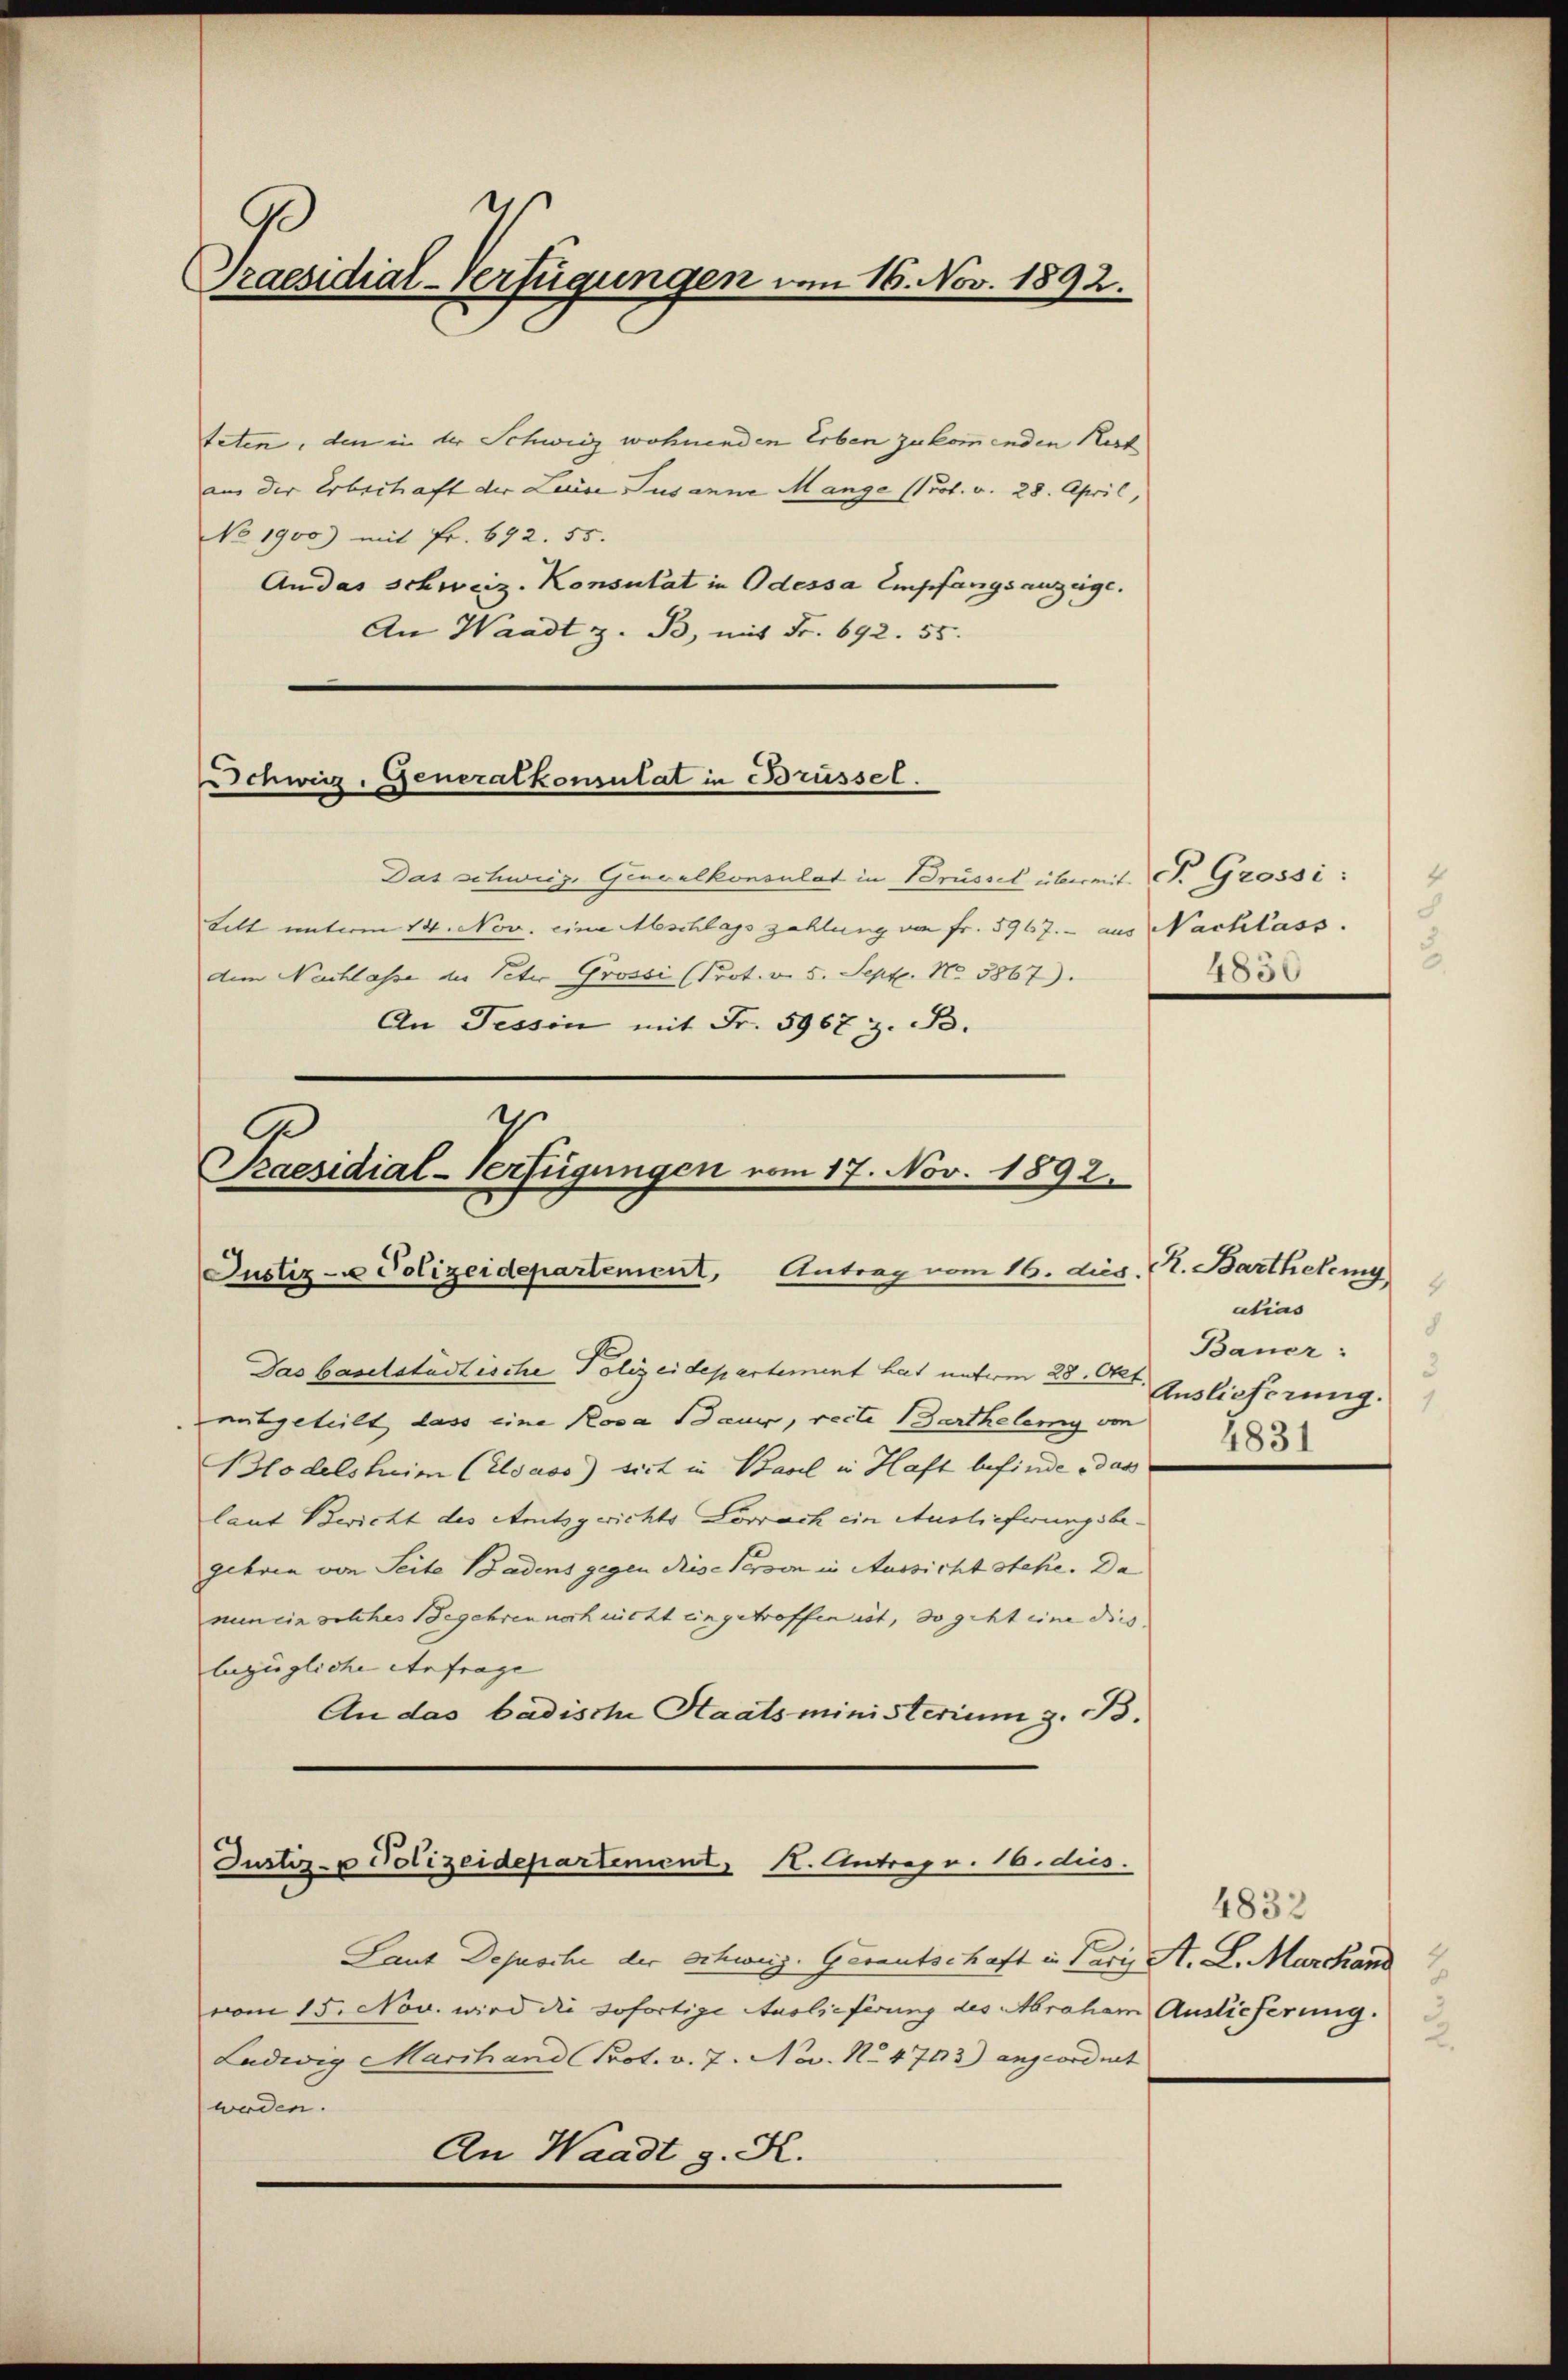
s
Praesidial-Verfügungen vom 16. Nov. 1892.

teten, den in der Schweiz wohnenden Erben zukommenden Kist
aus der Erbschaft der Luise Susanne Mange (Prot. v. 28. April,
No 1900) mit fr. 692. 55.
Audas Schweiz. Konsulat in Odessa Empfangsanzeige.
An Waadt z. B. mit Fr. 692. 55.
Schweiz. Generalkonsulat in Brüssel.
Das schweiz. Generalkonsulat in Brüssel übermit Fr. Grossi:
Lett unterm 14. Nov. eine Abschlags zahlung von Fr. 5967. - aus Nachlass.
dem Nachlasse der Peter Grossi (Prot. v. 5. Sept. No 3867).
An Tessin mit Fr. 5967 z. B.

1
C
Praesidial-Verfügungen vom 17. Nov. 1892.
Justiz- u Polizeidepartement, Antrag vom 16. dies. (T. Barthetemy

Das baselstädtische Polizeidepartement hat unterm 28. Okt. Auslieferung.
aitgeteilt dass eine Rosa Bauer, recte Barthelemy von
Blodelsheim (Elsass) sich in Basel in Haft befinde das
laut Bericht des Amtsgerichts Lovrach ein Auslieferungsbegehren von Seite Badens gegen diese Person in Aussicht stehe. Da
nein ein solches Begehren noch nicht eingetroffen ist, so geht eine dies
bezügliche Anfrage
An das badische Staatsministerium z. B.

Justiz- u Polizeidepartenient, H. Antrag v. 16. dies

Laut Depesche der Schweiz. Gerantschaft u. Paris A. L. Marchand
vom 15. Nov. wird die sofortige Auslieferung des Abraham Auslieferung.
Ludwig Marihand Prot. v. 7. Nov. No 4763) angeordnet
werden.
An Waadt g. H.

.
4850

utias
8
Bauer :
1831

4832
2